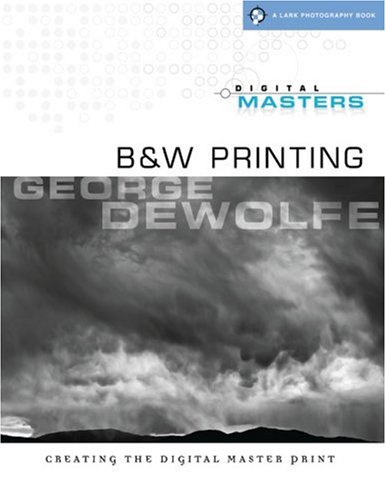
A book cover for Digital Masters: B&W Printing: Creating the Digital Master Print (A Lark Photography Book); George DeWolfe; Arts & Photography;